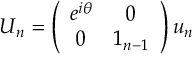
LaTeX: U _ { n } = \left( \begin{array} { c c } { { e ^ { i \theta } } } & { { 0 } } \\ { { 0 } } & { { 1 _ { n - 1 } } } \end{array} \right) u _ { n }